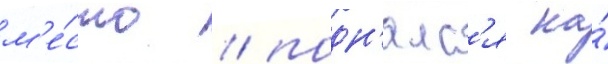
м'е́сто / подн'ялс'я на́